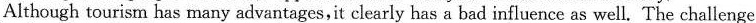
Although tourism has many advantages,it clearly has a bad influence as well. The challenge